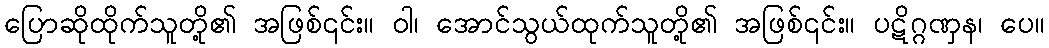
ပြောဆိုထိုက်သူတို့၏ အဖြစ်၎င်း။ ဝါ၊ အောင်သွယ်ထုက်သူတို့၏ အဖြစ်၎င်း။ ပဋိဂ္ဂဏှန၊ ပေ။